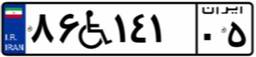
۲۷W۹۹۶۶۶